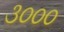
૩૦૦૦